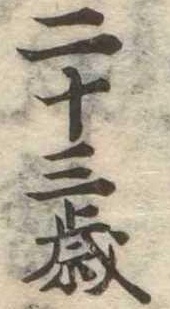
二十三歳